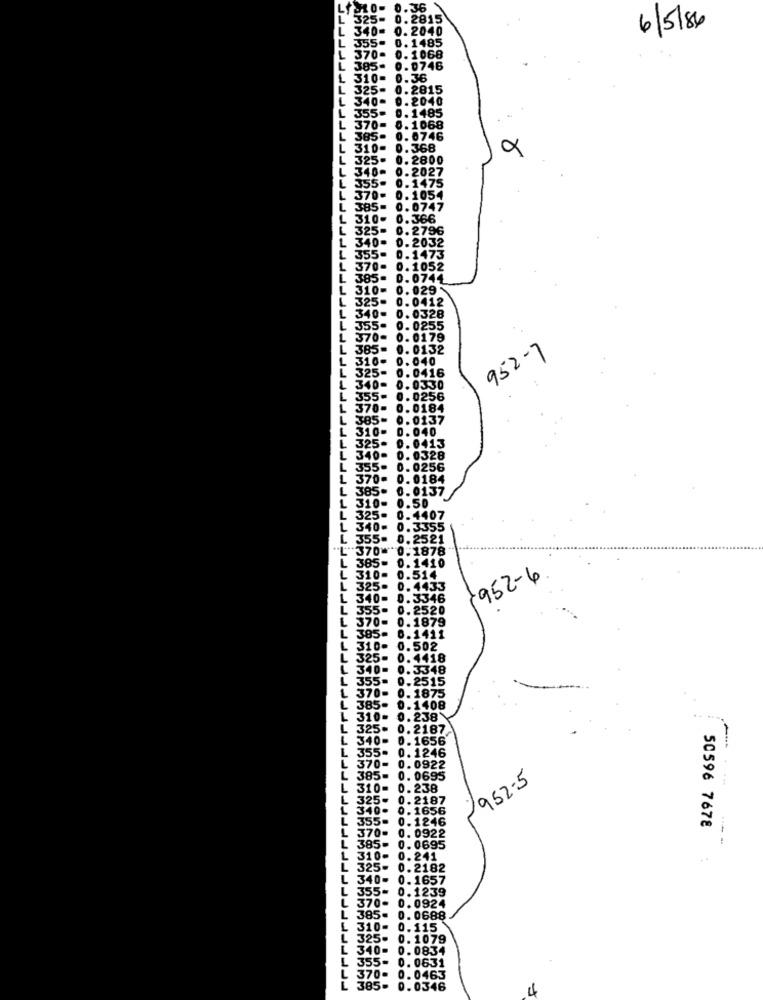
L .10- 0.36
325- 0.2815
L 340- 0. 2040
6/5/84
L
355-
0. 1485
L
370-
0. 1068
. 385
0.0746
L 310- 0.36
L 325- 0.2815
L
340-
.2040
0.1485
355
L 370- 0.1068
L 385- 0.0746
L
310-
0. 368
L
325-
0. 2800
340-
0.2027
355.
0.1475
370.
0. 1054
L
385-
0.0747
310-
0. 366
325-
0.2796
L
340-
0. 2032
L 355- 0.1473
370-
0.1052
L
385.
D.0744
L
310-
0. 029
325-
0.0412
340-
0. 0328
355-
0. 0255
370-
0. 0179
L
385
0.0132
952-7
310-
0. 040
L 325-
416
L
340-
0.0330
L
355-
0. 0256
L
370-
0.0184
385-
0.0137
L
310-
0.040
L
325-
0.0413
L 340-
0. 0328
L
355- 0.0256
L 370₽
0.0184
L
385.
0.0137
310-
0.50
325-
0.4407
340-
0. 3355
L
355-
0.2521
L" 370 ** 0.1878
L 385- 0.1410
0.514
L 310.
952-6
L 325- 0.4433
340- 0.33
L 355- 0.2520
L 370- 0.1879
385-
0.1411
310- 0.502
L 325- 0.4418
L 340- 0.3348
L 355= 0.2515
L 370- 0.1875
L 385- 0.1408
310- 0.238
L 325= 0.2187
340-
0. 1656
L 355- 0.1246
L 370- 0.0922
385-
0. 0695
952-5
. 310= 0.238
325- 0.2187
L 340- 0.1656
L 355- 0.1246
370-
0. 0922
50596 7678
385-
0.0695
L 310- 0.241
..
325- 0.2182
340-
0. 1657
355
0.1239
370-
0. 0924
385.
0. 0688
L 310- 0.115
L 325- 0. 1079
L 340- 0.0834
L 355- 0.0631
L 370= 0.0463
L 385- 0.0346